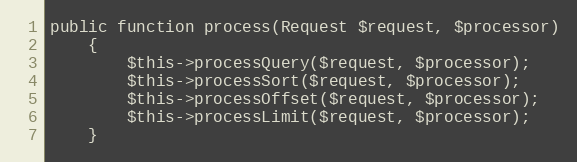
Language: PHP
public function process(Request $request, $processor)
    {
        $this->processQuery($request, $processor);
        $this->processSort($request, $processor);
        $this->processOffset($request, $processor);
        $this->processLimit($request, $processor);
    }